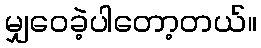
မျှဝေခဲ့ပါတော့တယ်။